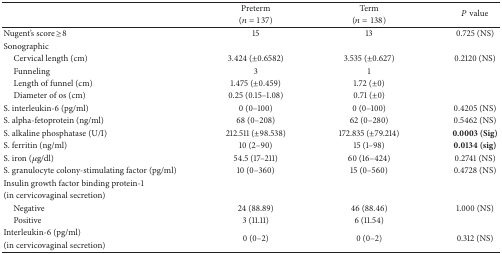
<table><thead><tr><td></td><td><b>Preterm</b></td><td><b>Term</b></td><td rowspan="2"><b><i>P</i> value</b></td></tr><tr><td></td><td><b>(<i>n</i> = 137)</b></td><td><b>(<i>n</i> = 138)</b></td></tr></thead><tbody><tr><td>Nugent&#x27;s score ≥8</td><td>15</td><td>13</td><td>0.725 (NS)</td></tr><tr><td>Sonographic </td><td> </td><td> </td><td> </td></tr><tr><td> Cervical length (cm)</td><td>3.424 (±0.6582)</td><td>3.535 (±0.627)</td><td>0.2120 (NS)</td></tr><tr><td> Funneling</td><td>3</td><td>1</td><td> </td></tr><tr><td> Length of funnel (cm)</td><td>1.475 (±0.459)</td><td>1.72 (±0)</td><td> </td></tr><tr><td> Diameter of os (cm)</td><td>0.25 (0.15–1.08)</td><td>0.71 (±0)</td><td> </td></tr><tr><td>S. interleukin-6 (pg/ml)</td><td>0 (0–100)</td><td>0 (0–100)</td><td>0.4205 (NS)</td></tr><tr><td>S. alpha-fetoprotein (ng/ml)</td><td>68 (0–208)</td><td>62 (0–280)</td><td>0.5462 (NS)</td></tr><tr><td>S. alkaline phosphatase (U/I)</td><td>212.511 (±98.538)</td><td>172.835 (±79.214)</td><td><b>0.0003 (Sig)</b></td></tr><tr><td>S. ferritin (ng/ml)</td><td>10 (2–90)</td><td>15 (1–98)</td><td><b>0.0134 (sig)</b></td></tr><tr><td>S. iron (<i>μ</i>g/dl)</td><td>54.5 (17–211)</td><td>60 (16–424)</td><td>0.2741 (NS)</td></tr><tr><td>S. granulocyte colony-stimulating factor (pg/ml)</td><td>10 (0–360)</td><td>15 (0–560)</td><td>0.4728 (NS)</td></tr><tr><td>Insulin growth factor binding protein-1 </td><td> </td><td> </td><td> </td></tr><tr><td>(in cervicovaginal secretion)</td><td> </td><td> </td><td> </td></tr><tr><td> Negative</td><td>24 (88.89)</td><td>46 (88.46)</td><td>1.000 (NS)</td></tr><tr><td> Positive</td><td>3 (11.11)</td><td>6 (11.54)</td><td> </td></tr><tr><td>Interleukin-6 (pg/ml)</td><td rowspan="2">0 (0–2)</td><td rowspan="2">0 (0–2)</td><td rowspan="2">0.312 (NS)</td></tr><tr><td>(in cervicovaginal secretion)</td></tr></tbody></table>